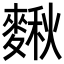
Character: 𪍗